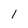
Character: 1